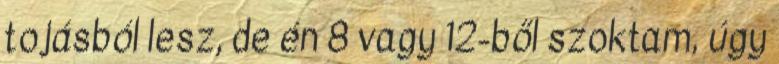
tojásból lesz, de én 8 vagy 12-ből szoktam, úgy